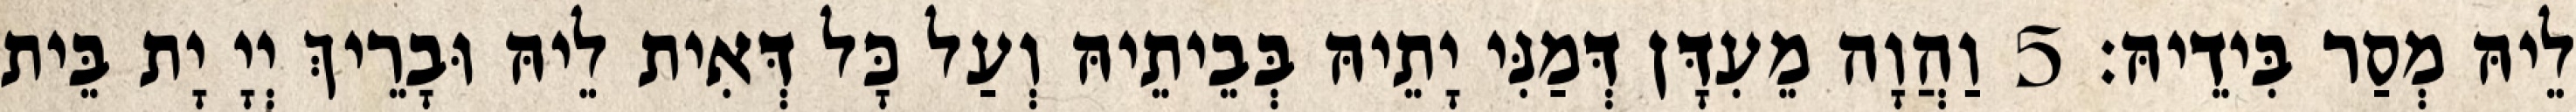
לֵיהּ מְסַר בִּידֵיהּ׃ 5 וַהֲוָה מֵעִדָּן דְּמַנִּי יָתֵיהּ בְּבֵיתֵיהּ וְעַל כָּל דְּאִית לֵיהּ וּבָרֵיךְ יְיָ יָת בֵּית